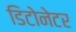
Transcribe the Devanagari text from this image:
डिटोनेटर